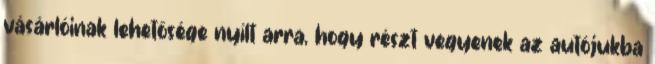
vásárlóinak lehetősége nyílt arra, hogy részt vegyenek az autójukba